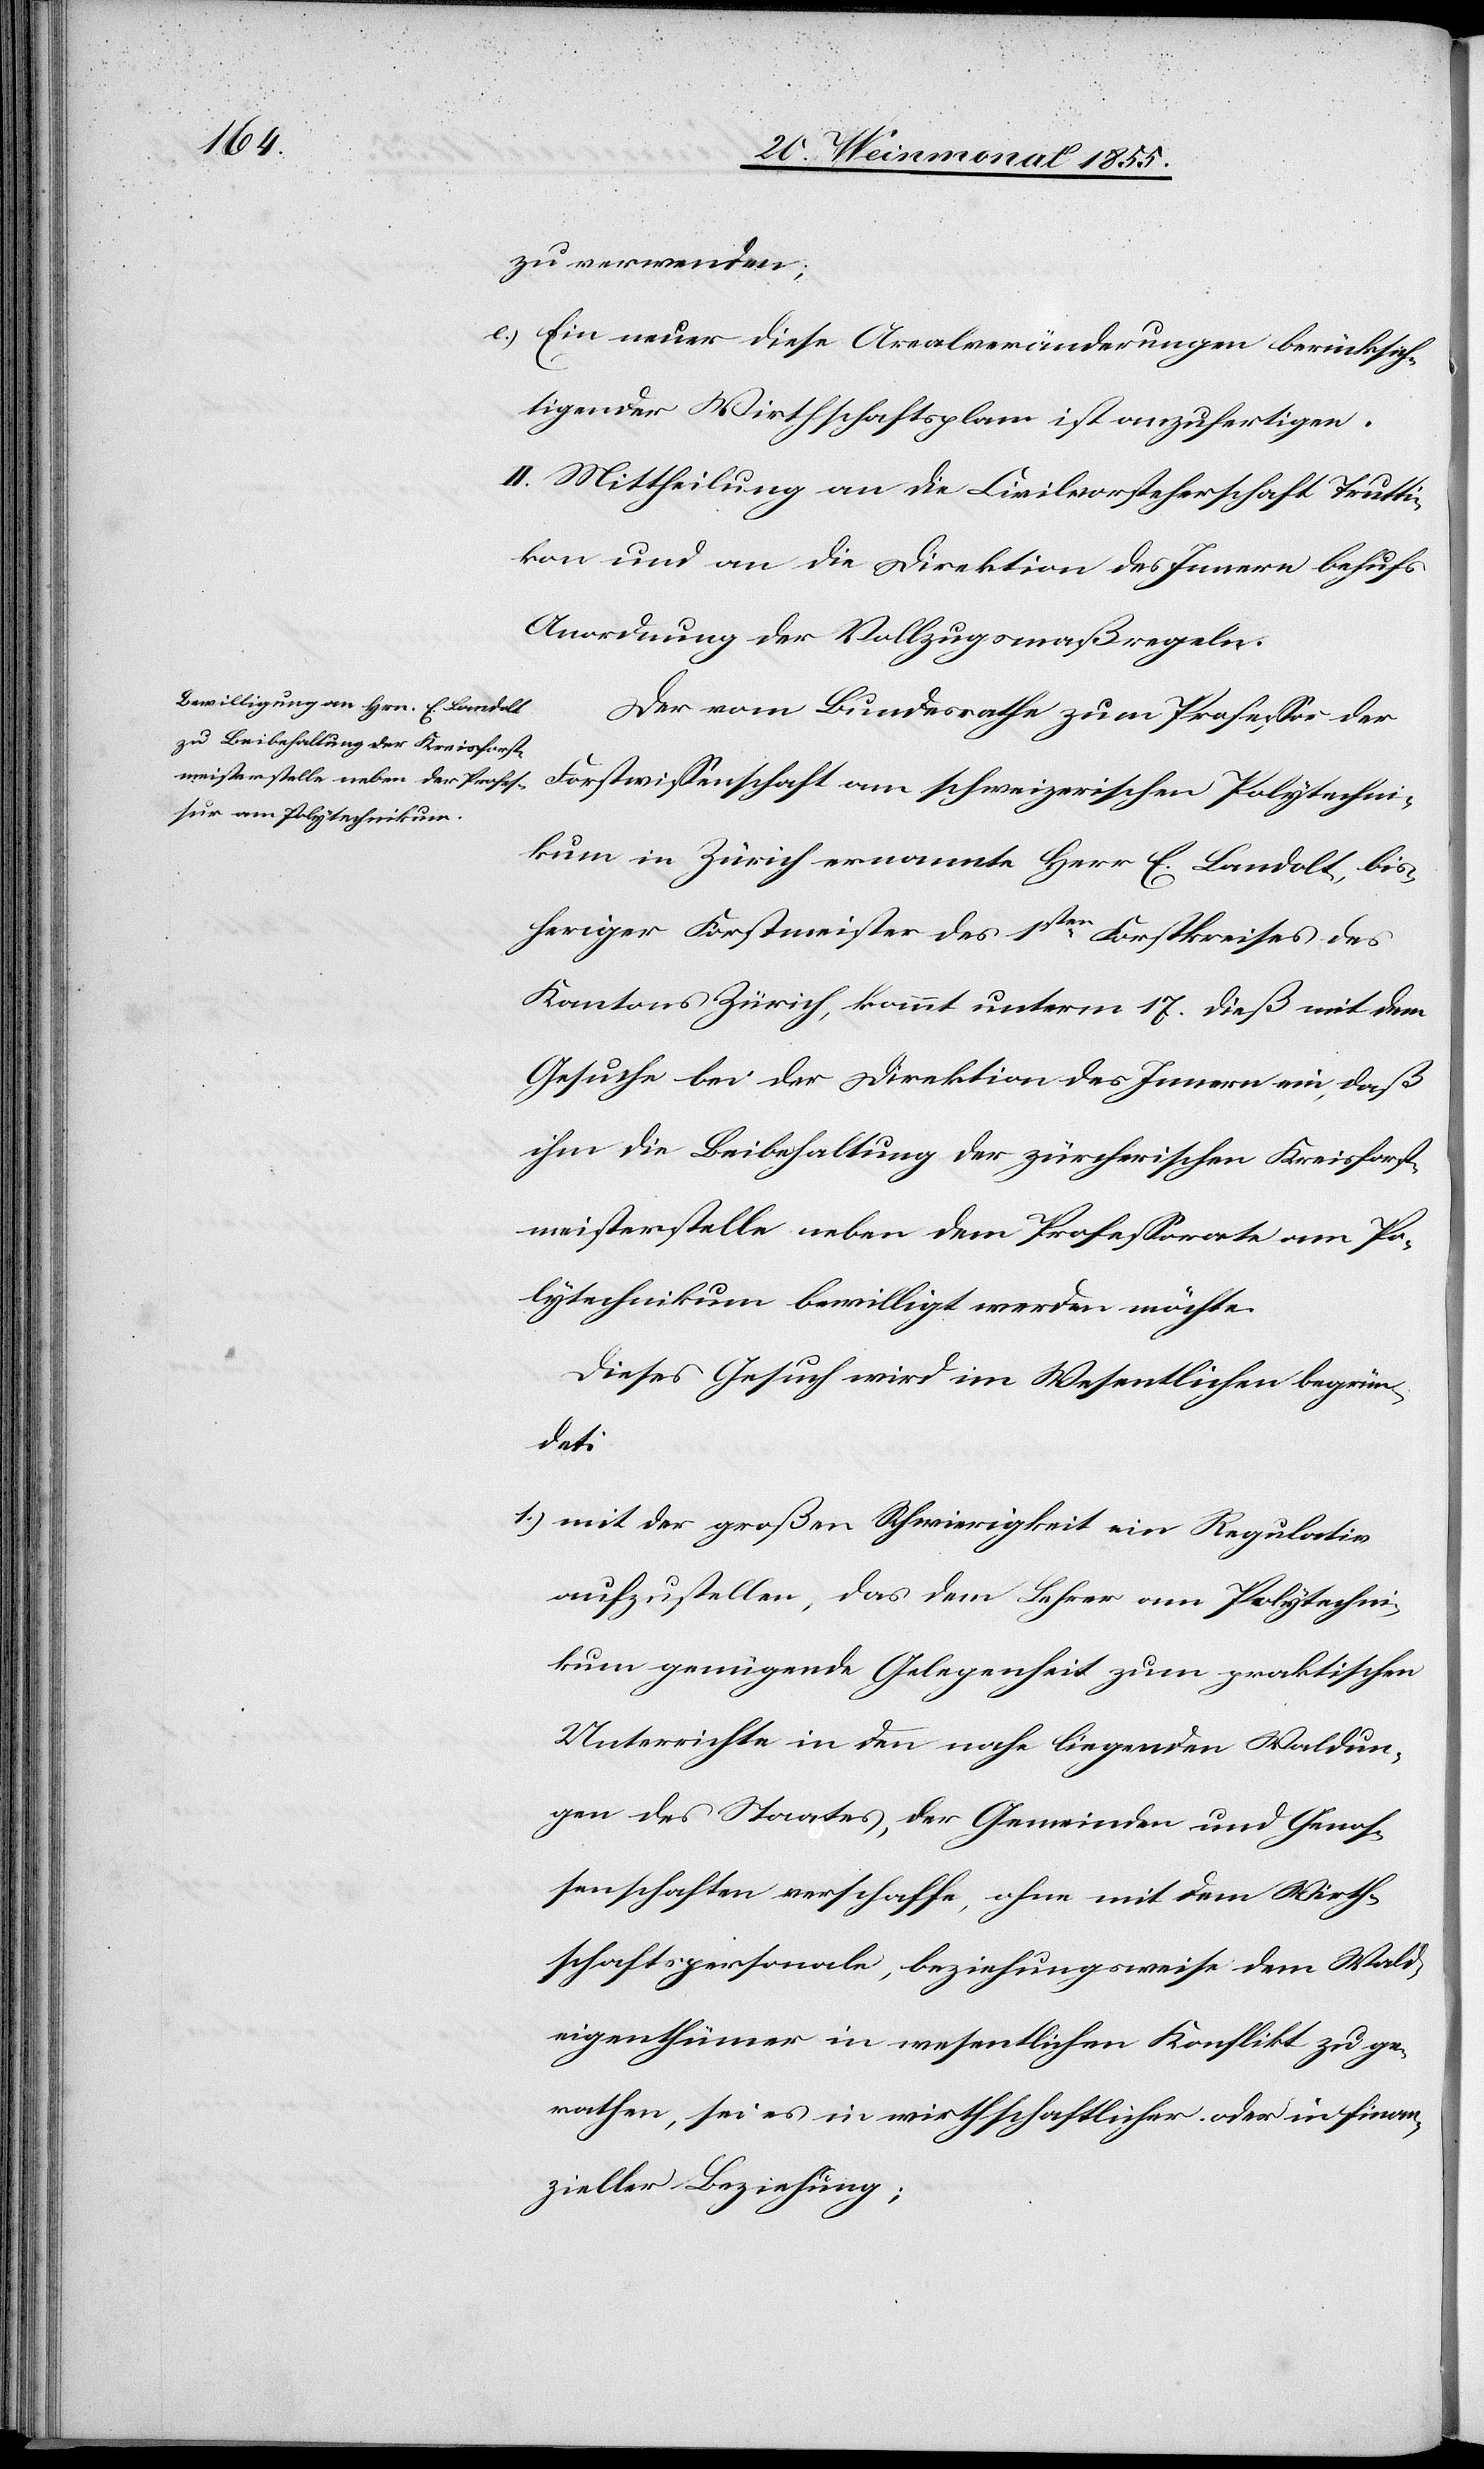
e.)
zu verwenden;
Ein neuer diese Arealveränderungen berücksich¬
tigender Wirthschaftsplan ist anzufertigen.
II. Mittheilung an die Civilvorsteherschaft Trutti¬
kon und an die Direktion des Innern behufs
Anordnung der Vollzugsmaßregeln.
Der vom Bundesrathe zum Professor der
Forstwissenschaft am schweizerischen Polytechni¬
kum in Zürich ernannte Herr E. Landolt, bis¬
heriger Forstmeister des 1sten Forstkreises des
Kantons Zürich, kommt unterm 17. dieß mit dem
Gesuche bei der Direktion des Innern ein, daß
ihm die Beibehaltung der zürcherischen Kreisforst¬
meisterstelle neben dem Professorate am Po¬
lytechnikum bewilligt werden möchte.
Dieses Gesuch wird im Wesentlichen begrün¬
det:
mit der großen Schwierigkeit ein Regulativ
aufzustellen, das dem Lehrer am Polytechni¬
kum genügende Gelegenheit zum praktischen
Unterrichte in den nahe liegenden Waldun¬
gen des Staates, der Gemeinden und Genos¬
senschaften verschaffe, ohne mit dem Wirth¬
schaftspersonale, beziehungsweise dem Wald¬
eigenthümer in wesentlichen Konflikt zu ge¬
rathen, sei es in wirthschaftlicher oder in finan¬
zieller Beziehung;